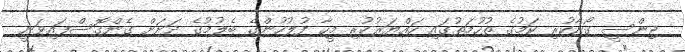
ޖިންސީ ގޯނާކުރި ކަމުގެ ތުހުމަތުގައި ހައްޔަރުކުރި މީހާ ފުލުހުންގެ ބެލުމުގެ ދަށަށް ގެންގޮސްފައިވަނީ